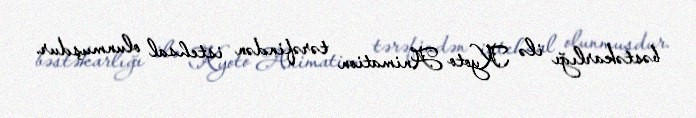
bəstəkarlığı ilə Kyoto Animation tərəfindən istehsal olunmuşdur.